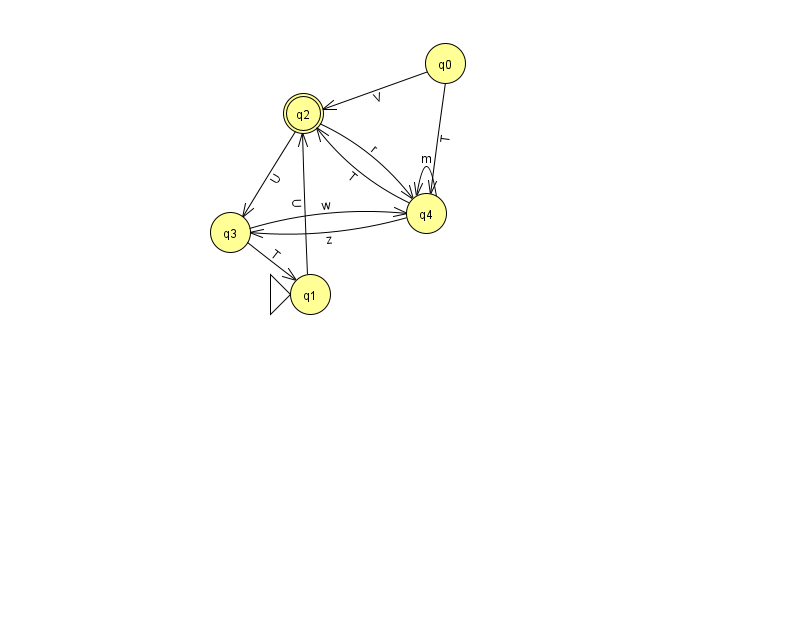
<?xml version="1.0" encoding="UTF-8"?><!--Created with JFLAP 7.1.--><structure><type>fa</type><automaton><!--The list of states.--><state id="0" name="q0"><x>445.0</x><y>50.0</y></state><state id="1" name="q1"><x>310.0</x><y>281.0</y><initial/></state><state id="2" name="q2"><x>303.0</x><y>100.0</y><final/></state><state id="3" name="q3"><x>230.0</x><y>219.0</y></state><state id="4" name="q4"><x>426.0</x><y>200.0</y></state><!--The list of transitions.--><transition><from>3</from><to>1</to><read>T</read></transition><transition><from>3</from><to>4</to><read>w</read></transition><transition><from>0</from><to>4</to><read>T</read></transition><transition><from>2</from><to>4</to><read>r</read></transition><transition><from>2</from><to>3</to><read>U</read></transition><transition><from>4</from><to>4</to><read>m</read></transition><transition><from>0</from><to>2</to><read>V</read></transition><transition><from>1</from><to>2</to><read>U</read></transition><transition><from>4</from><to>2</to><read>T</read></transition><transition><from>4</from><to>3</to><read>z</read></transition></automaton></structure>